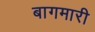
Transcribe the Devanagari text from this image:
बागमारी